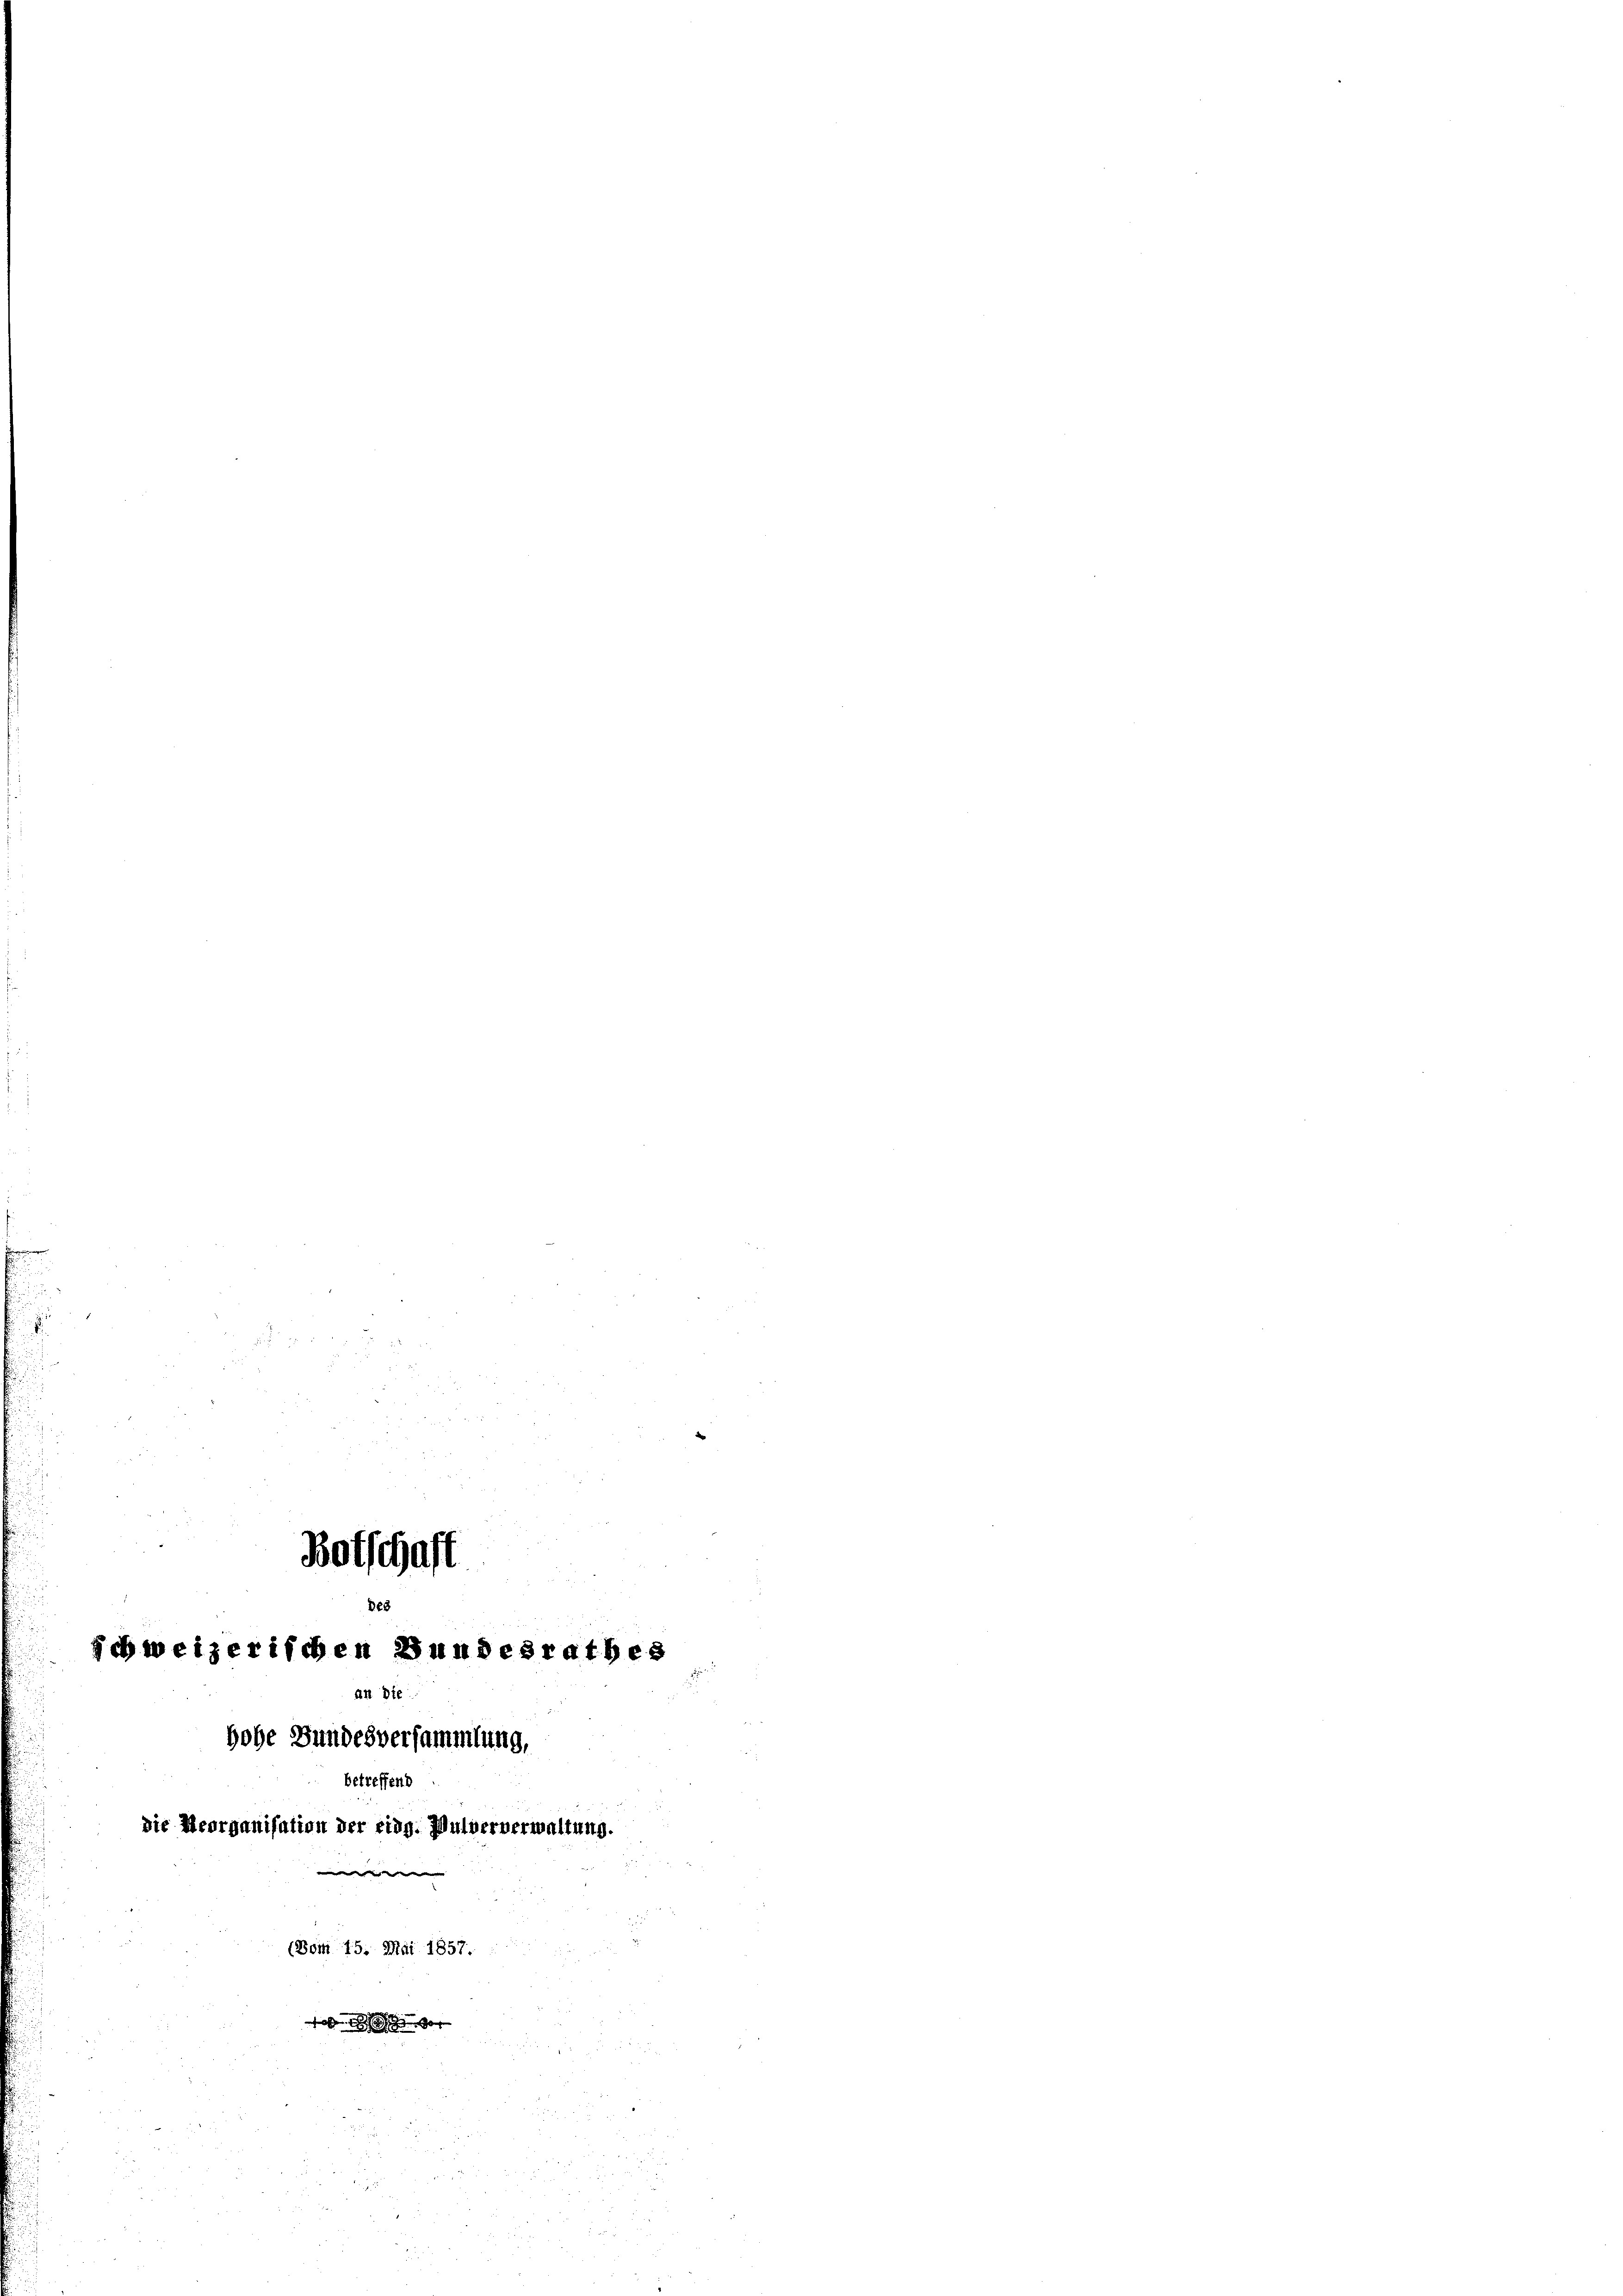
u
u
328
schweizerischen Bundesrathes
.
an die
hohe Bundesversammlung,
betreffend
die Reorganisation der eidg. Wulververwaltung.
e
(Bom 15. Mai 1857.
 vor

Botschaft